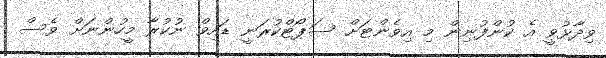
ވިދާޅުވީ އެ ކުންފުނިން މި އިވެންޓަށް ސަޕޯޓްކުރަނީ ޑައިވް ނުކުރާ މީހުންނަށްް ވެސް